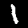
Digit: 1